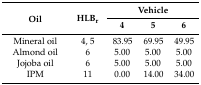
| <ROWSPAN=2> Oil | <ROWSPAN=2> HLBr | <COLSPAN=3> Vehicle |
 | 4 | 5 | 6 |
 | --- | --- | --- | --- | --- |
 | Mineral oil | 4, 5 | 83.95 | 69.95 | 49.95 |
 | Almond oil | 6 | 5.00 | 5.00 | 5.00 |
 | Jojoba oil | 6 | 5.00 | 5.00 | 5.00 |
 | IPM | 11 | 0.00 | 14.00 | 34.00 |